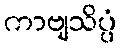
ကာဗျသိပ္ပံ